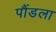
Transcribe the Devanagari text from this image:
पौंडला